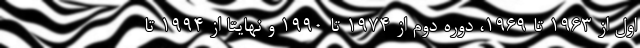
اول از 1963 تا 1969، دوره دوم از 1974 تا 1990 و نهایتا از 1994 تا